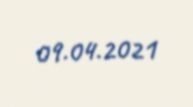
09.04.2021